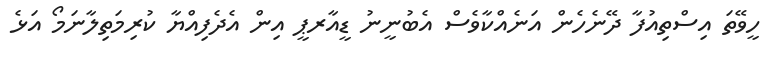
ހީވޭތަ އިސްތިއުފާ ދޭނެހެން އަނެއްކާވެސް އެބުނީނު ޑީއާރޕީ އިން އެދެފިއްޔާ ކުރިމަތިލާނަމޯ އަޅެ